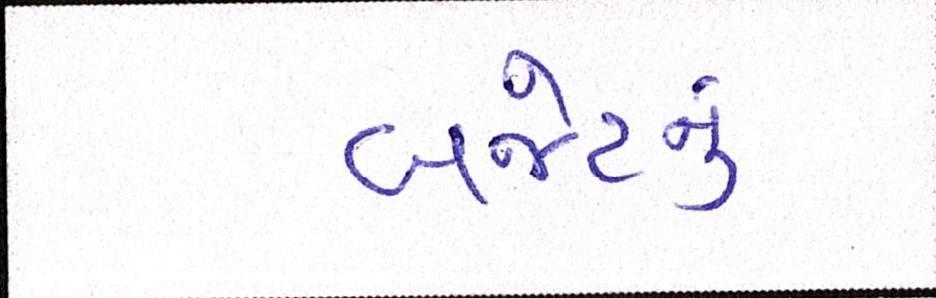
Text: બજેટનું